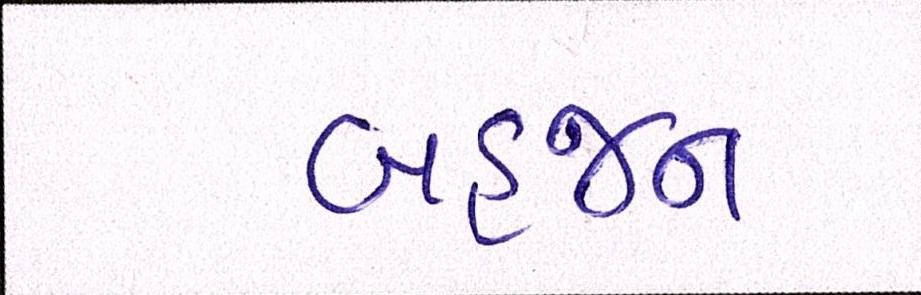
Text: બહજન